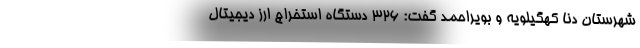
شهرستان دنا کهگیلویه و بویراحمد گفت: ۳۲۶ دستگاه استخراج ارز دیجیتال